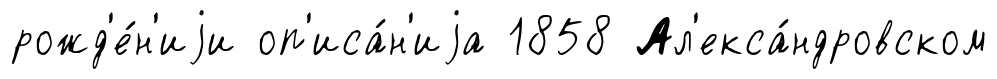
рожд'е́н'иjи оп'иса́н'иjа 1858 Ал'екса́ндровском